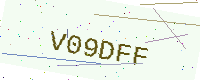
Text: V09DFF